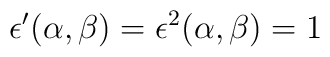
\epsilon^{\prime} (\alpha,\beta ) = \epsilon^{2} (\alpha,\beta ) = 1